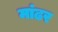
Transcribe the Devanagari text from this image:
मांढर